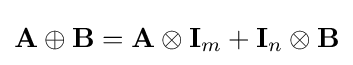
\mathbf {A} \oplus \mathbf {B} =\mathbf {A} \otimes \mathbf {I} _{m}+\mathbf {I} _{n}\otimes \mathbf {B}